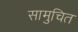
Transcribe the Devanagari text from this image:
सामुचित